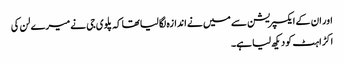
اور ان کے ایکسپریشن سے میں نے اندازہ لگا لیا تھا کہ پلوی جی نے میرے لن کی
اکڑاہٹ کو دیکھ لیا ہے۔